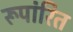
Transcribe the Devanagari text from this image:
रूपांरित